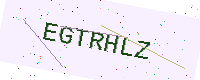
Text: EGTRHLZ